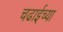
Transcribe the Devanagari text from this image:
चढाईच्या